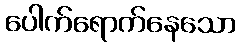
ပေါက်ရောက်နေသော